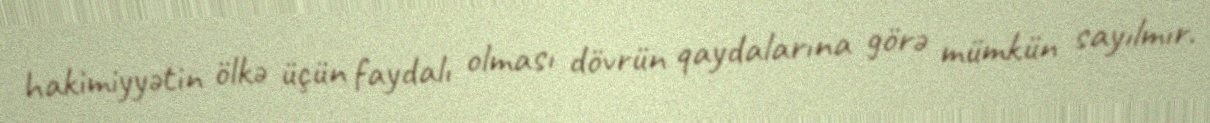
hakimiyyətin ölkə üçün faydalı olması dövrün qaydalarına görə mümkün sayılmır.